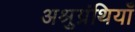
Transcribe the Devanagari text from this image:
अश्रुग्रंथियाँ